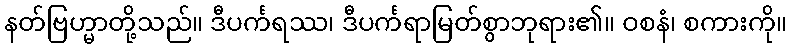
နတ်ဗြဟ္မာတို့သည်။ ဒီပင်္ကရဿ၊ ဒီပင်္ကရာမြတ်စွာဘုရား၏။ ဝစနံ၊ စကားကို။